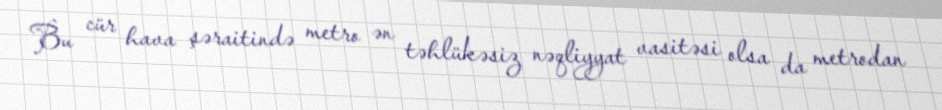
Bu cür hava şəraitində metro ən təhlükəsiz nəqliyyat vasitəsi olsa da metrodan